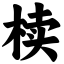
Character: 椟